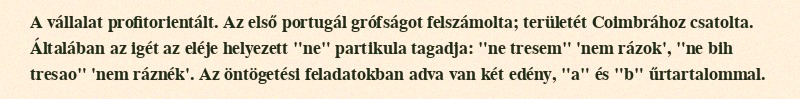
A vállalat profitorientált. Az első portugál grófságot felszámolta; területét Coimbrához csatolta. Általában az igét az eléje helyezett "ne" partikula tagadja: "ne tresem" 'nem rázok', "ne bih tresao" 'nem ráznék'. Az öntögetési feladatokban adva van két edény, "a" és "b" űrtartalommal.